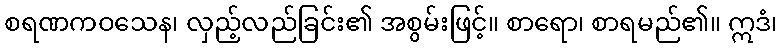
စရဏကဝသေန၊ လှည့်လည်ခြင်း၏ အစွမ်းဖြင့်။ စာရော၊ စာရမည်၏။ ဣဒံ၊